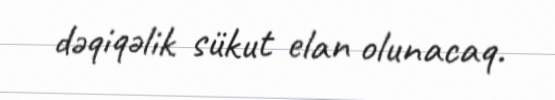
dəqiqəlik sükut elan olunacaq.